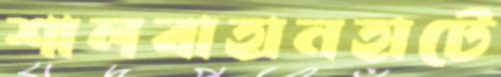
শালবাহানহাটে